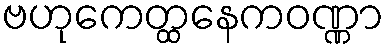
ဗဟုကေတ္ထနေကဝဏ္ဏာ